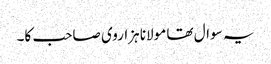
یہ سوال تھا مولانا ہزاروی صاحب کا۔